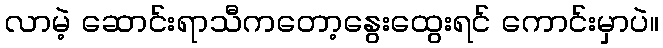
လာမဲ့ ဆောင်းရာသီကတော့နွေးထွေးရင် ကောင်းမှာပဲ။